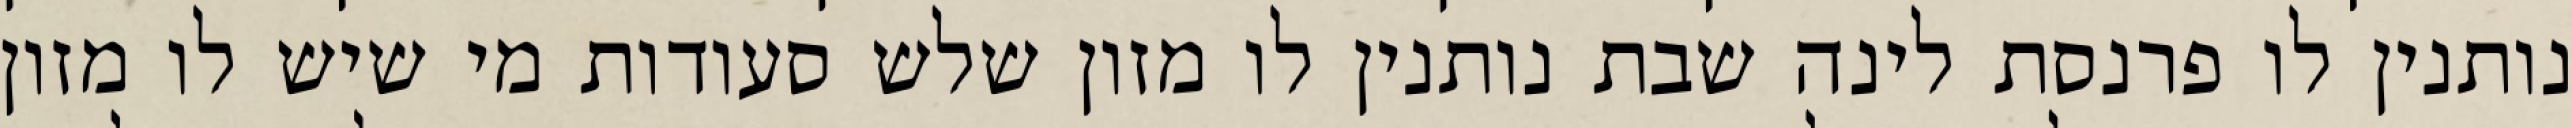
נותנין לו פרנסת לינה שבת נותנין לו מזון שלש סעודות מי שיש לו מזון